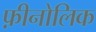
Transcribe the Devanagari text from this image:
फ़ीनोलिक